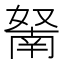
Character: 𱙬